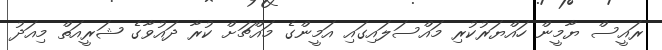
ރައީސް ޔާމީން ހައްޔަރުކުރި މައްސަލައިގައި އަމީންގެ މައްޗަށް ކުރާ ދައުވާގެ ޝަރީއަތް މިއަދު